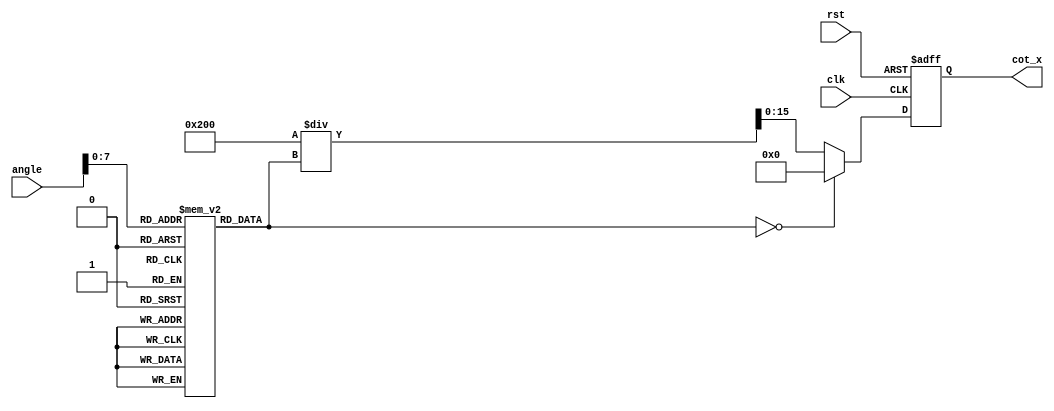
module cotangent (
    input wire [15:0] angle, // Input angle in radians (fixed-point)
    output reg [15:0] cot_x, // Output cotangent value (fixed-point)
    input wire clk,          // Clock signal
    input wire rst          // Reset signal
);

    // Parameters for fixed-point representation
    parameter FIXED_POINT_FRACTIONAL_BITS = 8;
    parameter TAN_LUT_SIZE = 256; // Size of the tangent lookup table

    // Tangent lookup table (simplified, values should be precomputed)
    reg [15:0] tan_lut [0:TAN_LUT_SIZE-1];

    // Initialize the tangent lookup table (this should be done in a separate initialization block)
    initial begin
        // Populate the tangent lookup table with precomputed values
        // This is a placeholder; actual values should be calculated based on the tangent function
        // Example: tan_lut[0] = 0, tan_lut[1] = 0.0123, ..., tan_lut[255] = 1.0
    end

    // Internal signals
    reg [15:0] tan_x;
    reg [15:0] tan_x_inv;

    // Compute cotangent
    always @(posedge clk or posedge rst) begin
        if (rst) begin
            cot_x <= 16'b0; // Reset output
        end else begin
            // Get the tangent value from the lookup table
            // Normalize angle to fit within the LUT range
            tan_x = tan_lut[angle[7:0]]; // Assuming angle is in range [0, 2)

            // Check for undefined tangent (tan(x) = 0)
            if (tan_x == 16'b0) begin
                cot_x <= 16'b0; // Undefined cotangent, can also set to a specific value for infinity
            end else begin
                // Calculate the reciprocal of tangent
                tan_x_inv = (1 << (FIXED_POINT_FRACTIONAL_BITS + 1)) / tan_x; // 1.0 in fixed-point
                cot_x <= tan_x_inv; // Output cotangent
            end
        end
    end

endmodule